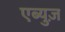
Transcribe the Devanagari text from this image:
एब्युज़